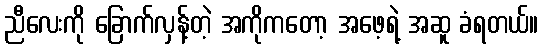
ညီလေးကို ခြောက်လှန့်တဲ့ အကိုကတော့ အဖေ့ရဲ့ အဆူ ခံရတယ်။